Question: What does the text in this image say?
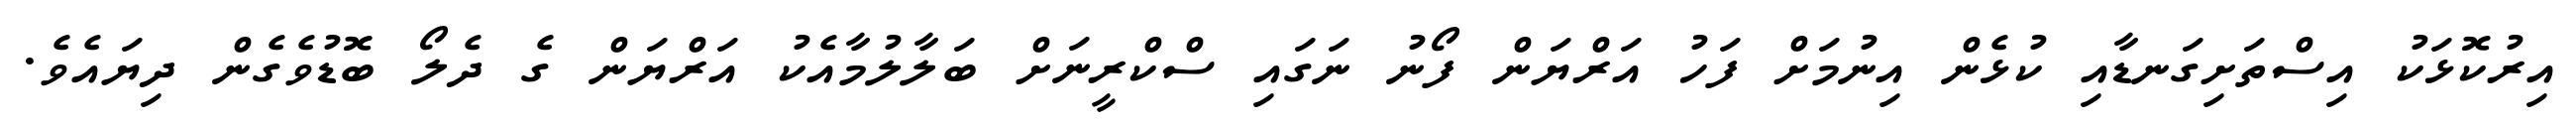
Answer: އިރުކޮޅަކު އިސްތަށިގަނޑާއި ކުޅެން އިނުމަށް ފަހު އަރްޔަން ފޯނު ނަގައި ސްކްރީނަށް ބަލާލުމާއެކު އަރްޔަން ގެ ދެލޯ ބޮޑުވެގެން ދިޔައެވެ.